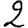
Digit: 2